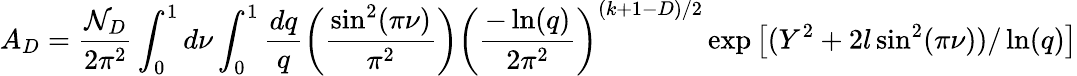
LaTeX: A_{D}=\frac{{\cal N}_{D}}{2\pi^{2}}\int_{0}^{1}d\nu\int_{0}^{1}\frac{dq}{q}\left(\frac{\sin^{2}(\pi\nu)}{\pi^{2}}\right)\left(\frac{-\ln(q)}{2\pi^{2}}\right)^{(k+1-D)/2}\exp\left[(Y^{2}+2l\sin^{2}(\pi\nu))/\ln(q)\right]